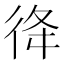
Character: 𢓤